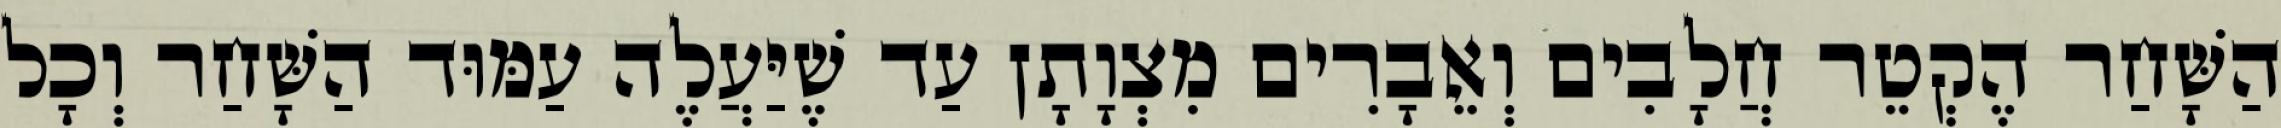
הַשָּׁחַר הֶקְטֵר חֲלָבִים וְאֵבָרִים מִצְוָתָן עַד שֶׁיַּעֲלֶה עַמּוּד הַשָּׁחַר וְכָל